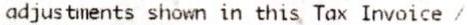
ADJUSTMENTS SHOWN IN THIS TAX INVOICE /